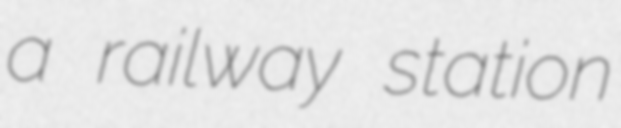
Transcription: a railway station